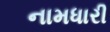
નામધારી